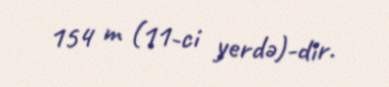
154 m (11-ci yerdə)-dir.